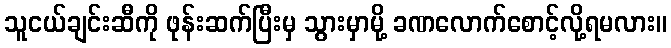
သူငယ်ချင်းဆီကို ဖုန်းဆက်ပြီးမှ သွားမှာမို့ ခဏလောက်စောင့်လို့ရမလား။